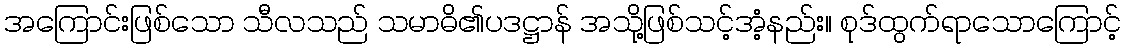
အကြောင်းဖြစ်သော သီလသည် သမာဓိ၏ပဒဋ္ဌာန် အသို့ဖြစ်သင့်အံ့နည်း။ စုဒ်ထွက်ရာသောကြောင့်